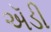
ઍડી